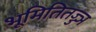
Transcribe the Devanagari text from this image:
भूमितितज्ज्ञ